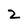
Character: Z